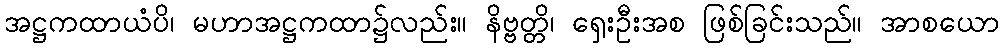
အဋ္ဌကထာယံပိ၊ မဟာအဋ္ဌကထာ၌လည်း။ နိဗ္ဗတ္တိ၊ ရှေးဦးအစ ဖြစ်ခြင်းသည်။ အာစယော